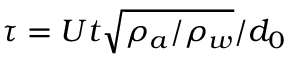
\tau = U t \sqrt { \rho _ { a } / \rho _ { w } } / d _ { 0 }